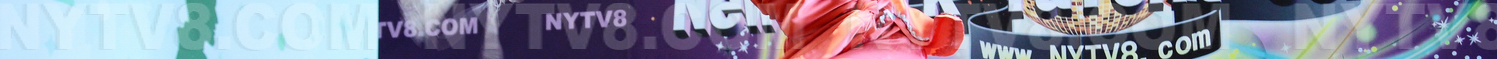
NYTV8.COM NYTV8.COM NYTV8.COM NYTV8